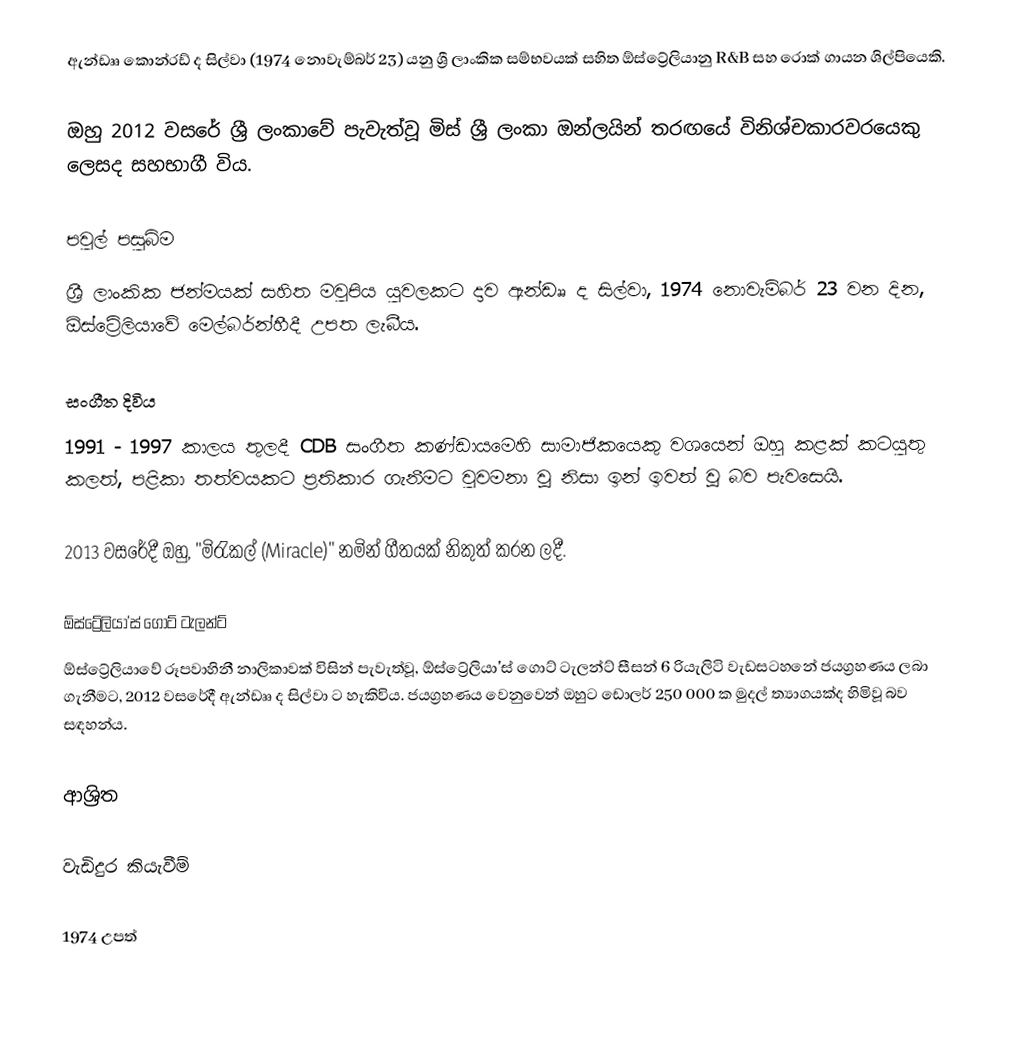
ඇන්ඩෲ කොන්රඩ් ද සිල්වා (1974 නොවැම්බර් 23)  යනු ශ්‍රී ලාංකික සම්භවයක් සහිත ඕස්ට්‍රේලියානු R&B සහ රොක් ගායන ශිල්පියෙකි.

ඔහු 2012 වසරේ ශ්‍රී ලංකාවේ පැවැත්වූ මිස් ශ්‍රී ලංකා ඔන්ලයින් තරඟයේ විනිශ්චකාරවරයෙකු ලෙසද සහභාගී විය.

පවුල් පසුබිම
ශ්‍රී ලාංකික ජන්මයක් සහිත මවුපිය යුවලකට දාව ඇන්ඩෲ ද සිල්වා, 1974 නොවැම්බර් 23 වන දින, ඕස්ට්‍රේලියාවේ මෙල්බර්න්හීදී උපත ලැබීය.

සංගීත දිවිය
1991 - 1997 කාලය තුලදී CDB සංගීත කණ්ඩායමෙහි සාමාජිකයෙකු වශයෙන් ඔහු කළක් කටයුතු කලත්, පළිකා තත්වයකට ප්‍රතිකාර ගැනීමට වුවමනා වූ නිසා ඉන් ඉවත් වූ බව පැවසෙයි.

2013 වසරේදී ඔහු, "මිරැකල් (Miracle)" නමින් ගීතයක් නිකුත් කරන ලදී.

ඕස්ට්‍රේලියා'ස් ගොට් ටැලන්ට්
ඕස්ට්‍රේලියාවේ රූපවාහිනී නාලිකාවක් විසින් පැවැත්වූ, ඕස්ට්‍රේලියා'ස් ගොට් ටැලන්ට් සීසන් 6 රියැලිටි වැඩසටහනේ ජයග්‍රහණය ලබා ගැනීමට, 2012 වසරේදී ඇන්ඩෲ ද සිල්වා ට හැකිවිය. ජයග්‍රහණය වෙනුවෙන් ඔහුට ඩොලර් 250 000 ක මුදල් ත්‍යාගයක්ද හිමිවූ බව සඳහන්ය.

ආශ්‍රිත

වැඩිදුර කියැවීම්

1974 උපත්